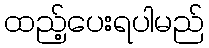
ထည့်ပေးရပါမည်